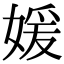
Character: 媛